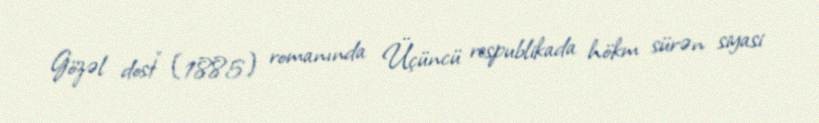
Gözəl dost" (1885) romanında Üçüncü respublikada hökm sürən siyasi